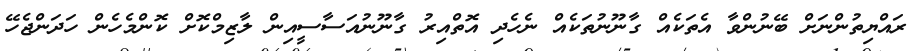
ރައްޔިތުންނަށް ބޭނުންވާ އެތަކެއް ގާނޫނުތަކެއް ނެހެދި އޮތްއިރު ގާނޫނުއަސާސީއިން ލާޒިމްކޮށް ކޮންމެހެން ހަދަންޖެހޭ